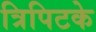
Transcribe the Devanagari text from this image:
त्रिपिटके